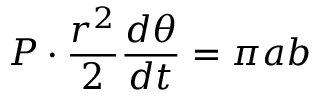
P \cdot { \frac { r ^ { 2 } } { 2 } } { \frac { d \theta } { d t } } = \pi a b